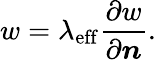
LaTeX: w=\lambda_{\mathrm{eff}}\frac{\partial w}{\partial\boldsymbol{n}}.